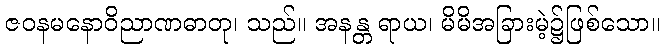
ဇဝနမနောဝိညာဏဓာတု၊ သည်။ အနန္တ ရာယ၊ မိမိအခြားမဲ့၌ဖြစ်သော။